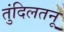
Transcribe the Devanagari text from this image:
तुंदिलतनू